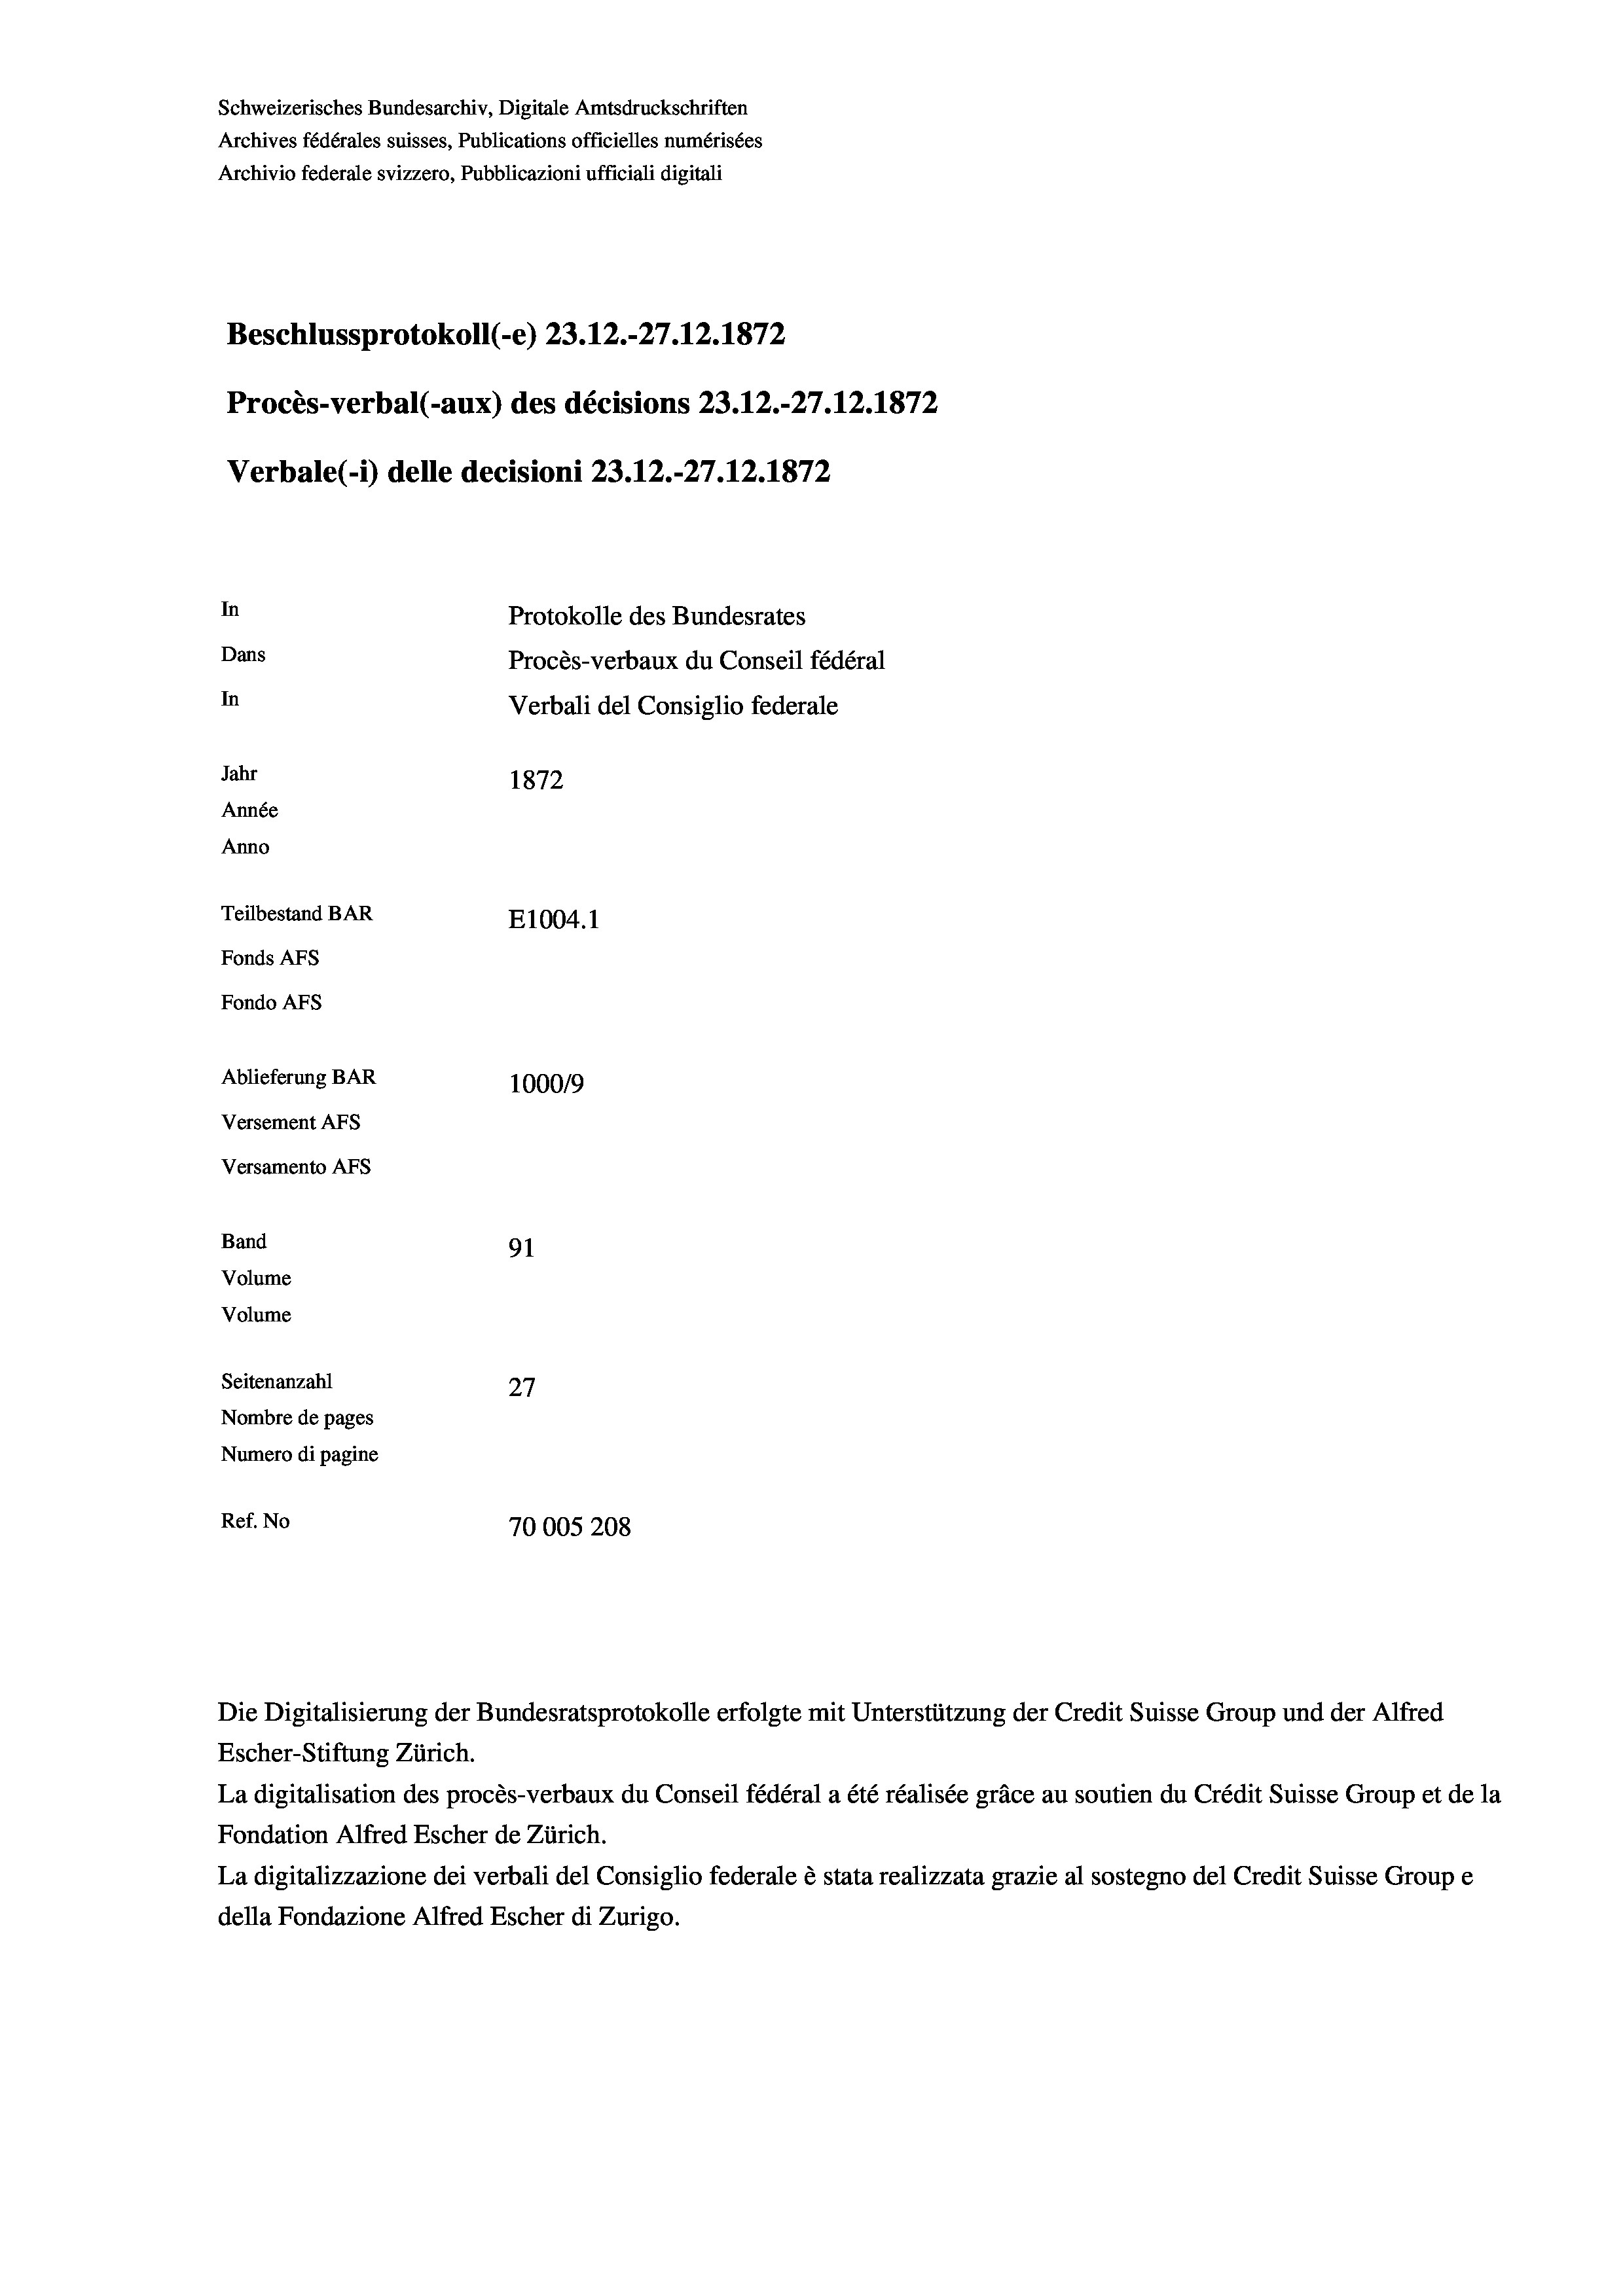
Schweizerisches Bundesarchiv, Digitale Amtsdruckschriften
Archives fédérales suisses, Publications officielles numérisées
Archivio federale svizzero, Pubblicazioni ufficiali digitali
Beschlussprotokoll (-e) 23.12.-27.12.1872
Procès-verbal (-aux) des décisions 23.12.-27.12.1872
Verbale (1) delle decisioni 23.12.-27.12.1872
In
Protokolle des Bundesrates
Dans
Procès-verbaux du Conseil fédéral
In
Verbali del Consiglio federale
Jahr
1872
Année
Anno
Teilbestand BAR
E1004. 1
Fonds AFs
Fondo AFS
Ablieferung BAR
100019
Versement AFs
Versamento Afs
Band
91
Volume
Volume
Seitenanzahl
27
Nombre de pages
Numero di pagine
Ref. No
70005208

Escher-Stiftung Zürich.
La digitalisation des procès-verbaux du Conseil fédéral a été réalisée gräce au soutien du Crédit Suisse Group et de la
Fondation Alfred Escher de Zürich.
La digitalizzazione dei verbali del Consiglio federale è stata realizzata grazie al sostegno del Credit Suisse Groupe
della Fondazione Alfred Escher di Zurigo.

Die Digitalisierung der Bundesratsprotokolle erfolgte mit Unterstützung der Credit Suisse Group und der Alfred